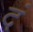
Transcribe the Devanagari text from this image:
दं